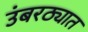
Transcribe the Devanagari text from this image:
उंबरठ्यात